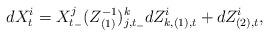
LaTeX: \begin{align*} dX^i_t=X^j_{t_-}(Z^{-1}_{(1)})^k_{j,t_-}{dZ^i_{k,(1),t}+dZ^i_{(2),t}},\end{align*}